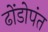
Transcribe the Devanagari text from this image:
ढोंडोपंत